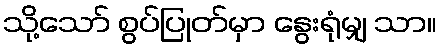
သို့သော် စွပ်ပြုတ်မှာ နွေးရုံမျှ သာ။